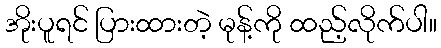
အိုးပူရင် ပြားထားတဲ့ မုန့်ကို ထည့်လိုက်ပါ။